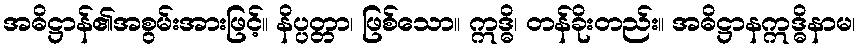
အဓိဋ္ဌာန်၏အစွမ်းအားဖြင့်။ နိပ္ပတ္တာ၊ ဖြစ်သော။ ဣဒ္ဓိ၊ တန်ခိုးတည်း။ အဓိဋ္ဌာနဣဒ္ဓိနာမ၊